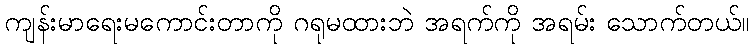
ကျန်းမာရေးမကောင်းတာကို ဂရုမထားဘဲ အရက်ကို အရမ်း သောက်တယ်။